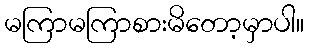
မကြာမကြာစားမိတော့မှာပါ။